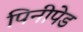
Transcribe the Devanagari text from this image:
पिनीपेड